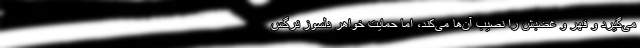
می‌گیرد و قهر و غضبش را نصیب آن‌ها می‌کند، اما حمایت خواهر دلسوز نرگس